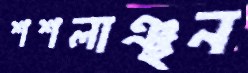
শশলাঞ্ছন